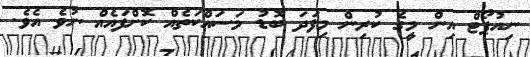
ނިއުޕޯޓް އިން މީގެ ކުރިން މިފަދަ ބޮޑު މަސައްކަތެއް ކޮށްފައެއް ނުވެ އެވެ.